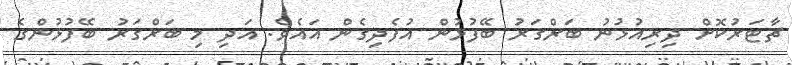
ޗާޓަރުކޮށް ދިރިއުޅުނު ބަރްގަރު ބޭފުޅުން އުފެދިގެން އައެވެ. އަދި މި ބަރްގަރު ބޭފުޅުންގެ